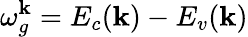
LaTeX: \omega_{g}^{\textbf{k}}=E_{c}(\textbf{k})-E_{v}(\textbf{k})